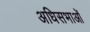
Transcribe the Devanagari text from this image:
अधिसभाओं